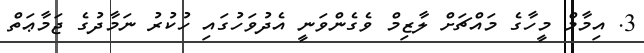
3. އިމާމް މީހާގެ މައްޗަށް ލާޒިމް ވެގެންވަނީ އެދުވަހުގައި ހުކުރު ނަމާދުގެ ޖަމާޢަތް